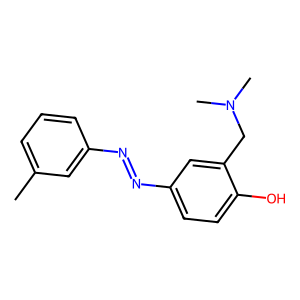
SMILES: Cc1cccc(N=Nc2ccc(O)c(CN(C)C)c2)c1
Inhibits HIV replication: No